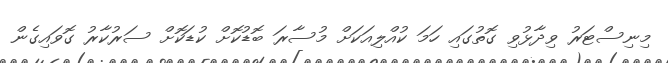
މިނިސްޓަރު ވިދާޅުވި ގޮތުގައި ހަމަ ކުއްލިއަކަށް މުސާރަ ބޮޑުކޮށް ކުޑަކޮށް ސަރުކާރު ގޮވައިގެން